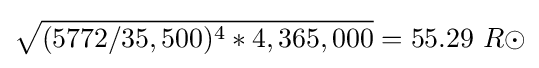
{\sqrt {(5772/35,500)^{4}*4,365,000}}=55.29\ R\odot